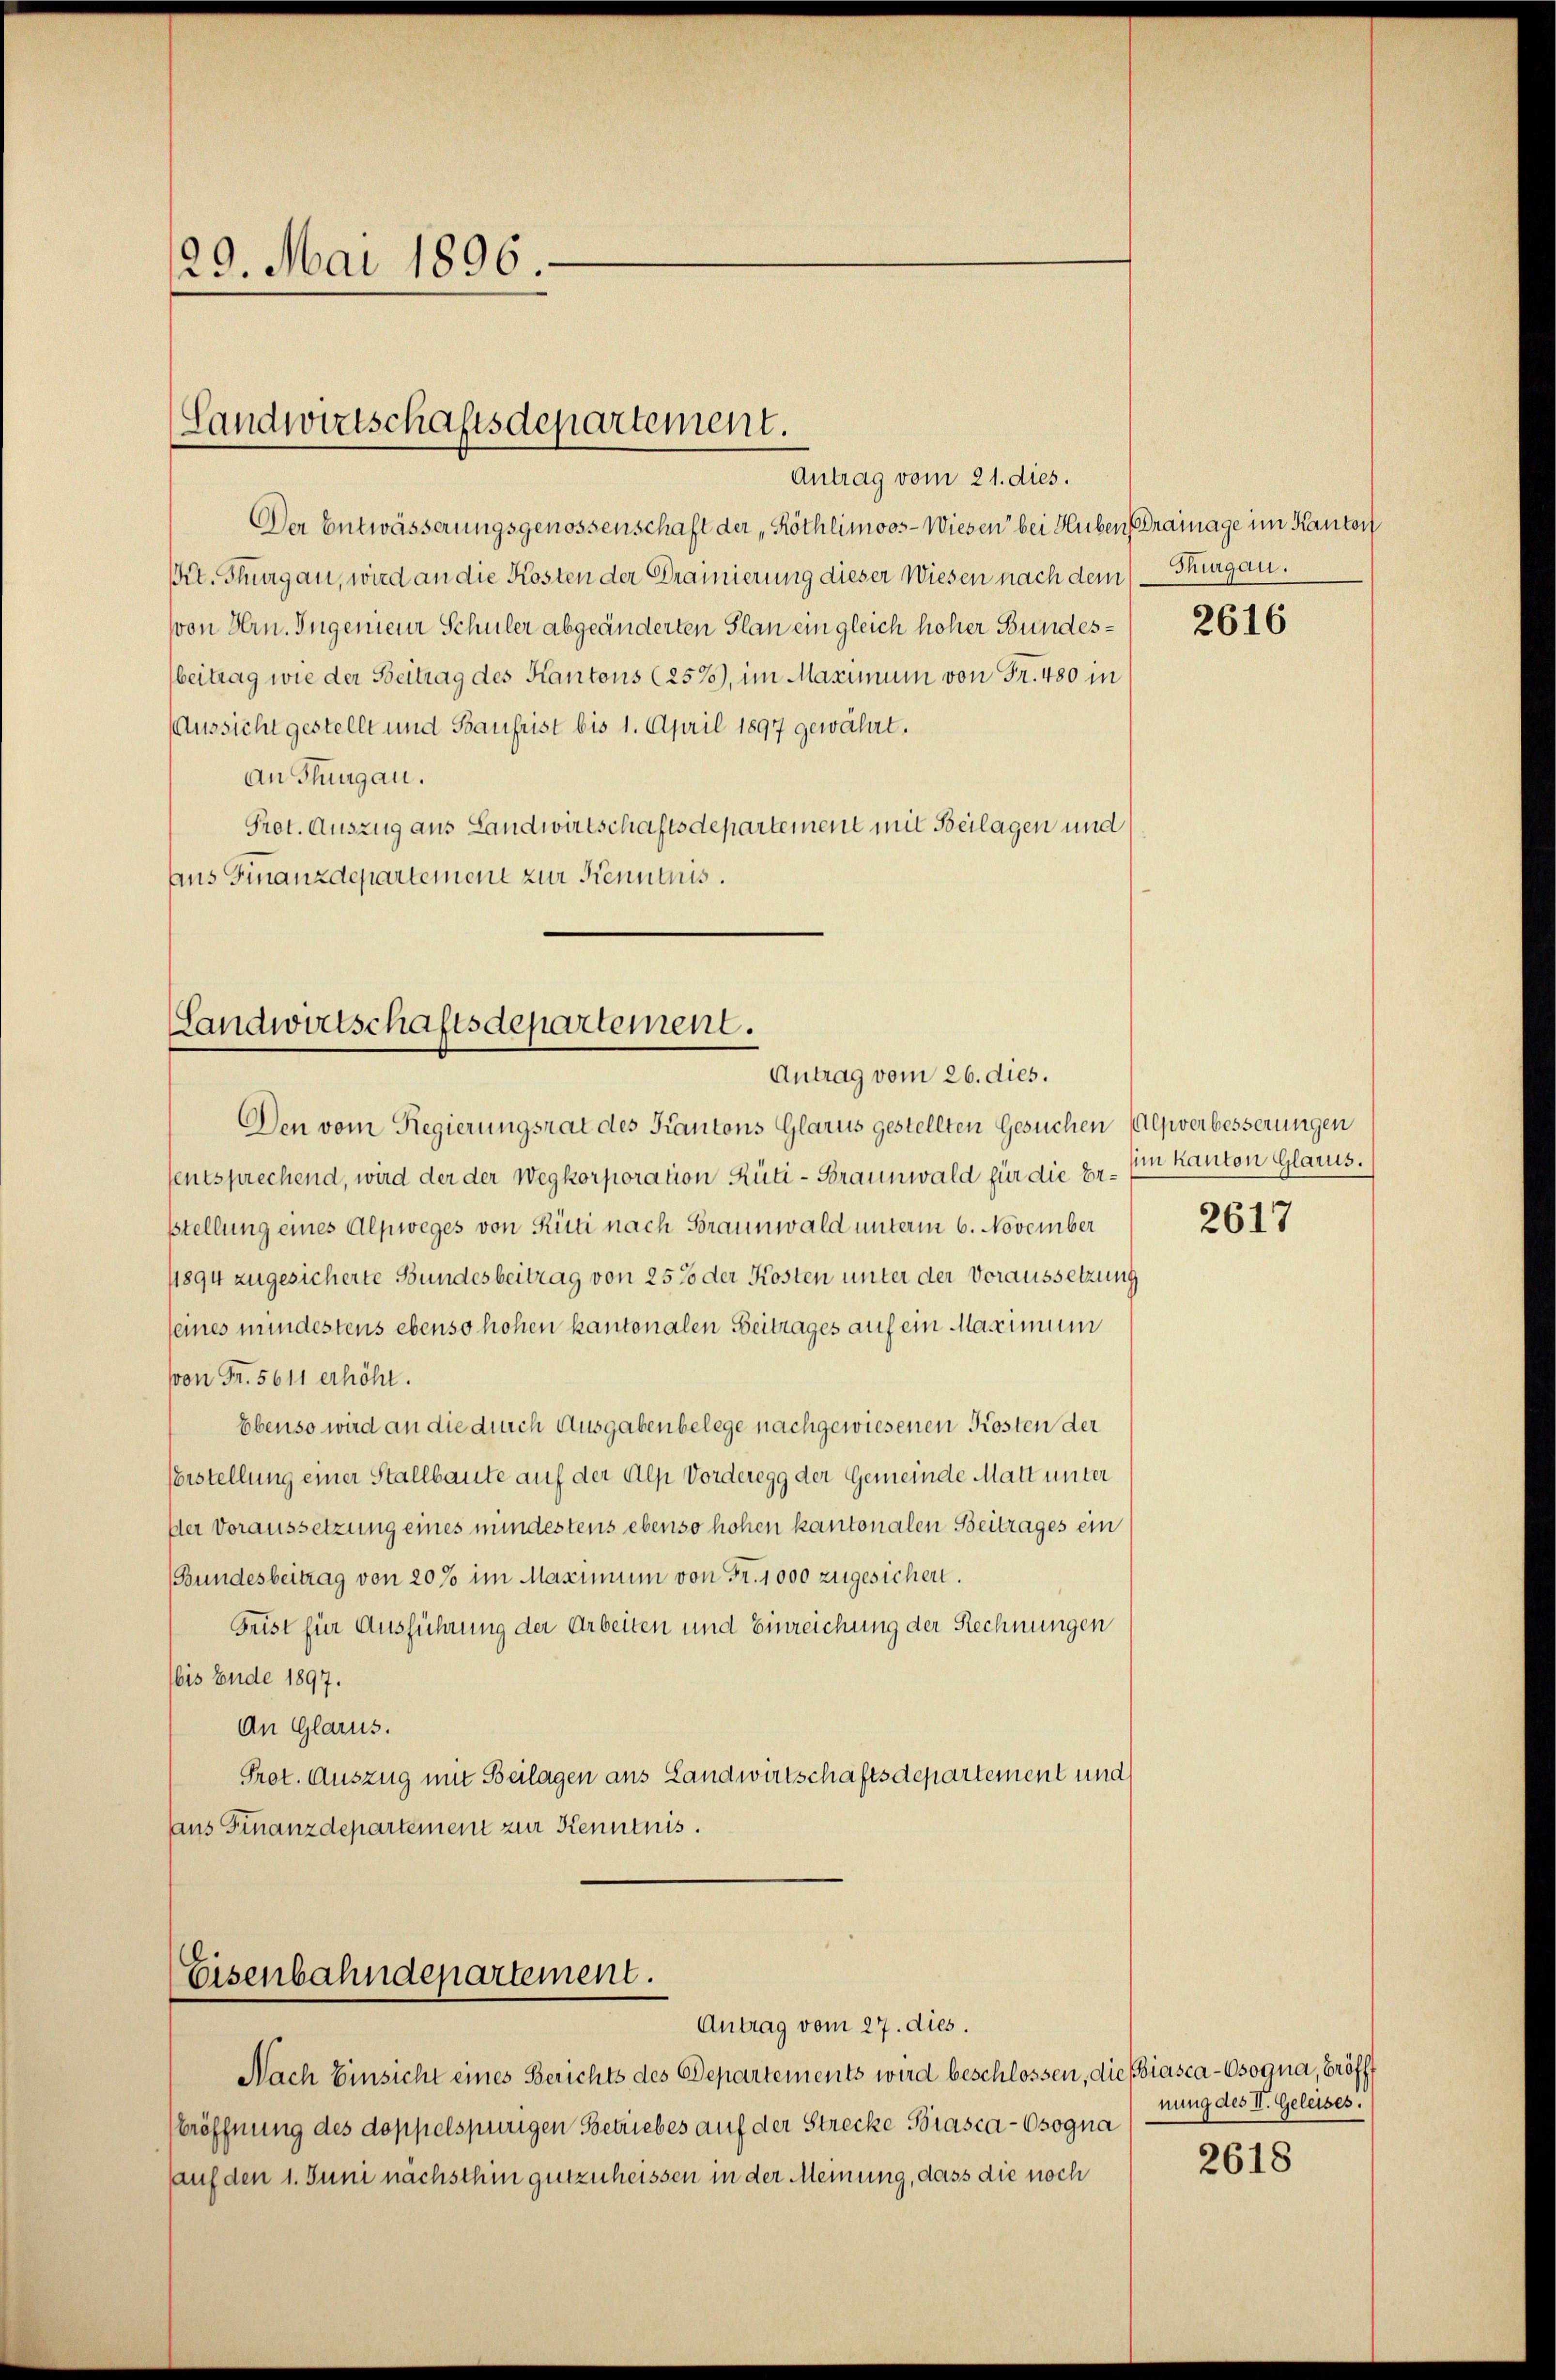
29. Mai 1896.

Landwirtschaftsdepartement.
Antrag vom 21. dies.

Der Entwässerungsgenossenschaft der „Röthlimoos - Wiesen bei Huben Drainage im Kanton
Kt. Thurgau, wird an die Kosten der Drainierung dieser Wiesen nach dem Thurgau.
von Hrn. Ingenieur Schüler abgeänderten Plan ein gleich hoher Bundesbeitrag wie der Beitrag des Kantons (257), im Maximum von Fr. 480 in
Aussicht gestellt und Baufrist bis 1. April 1897 gewährt.
an Thurgau.
Prot. Auszug aus Landwirtschaftsdepartement mit Beilagen und
aus Finanzdepartement zur Kenntnis.

Landwirtschaftsdepartement.
Antrag vom 26. dies.

Den vom Regierungsrat des Kantons Glarus gestellten Gesuchen (Alpverbesserungen
sentsprechend, wird der der Wegkorporation Rüti-Braunwald für die Erstellung eines Alpweges von Rüti nach Braunwald unterm 6. November
1894 zugesicherte Bundesbeitrag von 25% der Kosten unter der Voraussetzung
seines mindestens ebenso hohen kantonalen Beitrages auf ein Maximum
von Fr. 5611 erhöht.
Ebenso wird an die durch Ausgaben belege nachgewiesenen Kosten der
Erstellung einer Stallbaute auf der Alp Vorderegg der Gemeinde Matt unter
Der Voraussetzung eines mindestens ebenso hohen kantonalen Beitrages ein
Bundesbeitrag von 20% im Maximum von Fr. 1000 zugesichert.
Frist für Ausführung der Arbeiten und Einreichung der Rechnungen
bis Ende 1897.
An Glarus.
Prot. Auszug mit Beilagen aus Landwirtschaftsdepartement und
aaus Finanzdepartement zur Kenntnis.

Eisenbahndepartement.
Antrag vom 27. dies.

Nach Einsicht eines Berichts des Departements wird beschlossen, die Biasca-Osogna, Eröfft
Eröffnung des doppelspurigen Betriebes auf der Strecke Biasca-Osogna
auf den 1. Juni nächsthin gutzuheissen in der Meinung, dass die noch

2616

im kanton Glarus.

2617

nung des II. Geleises.

2618